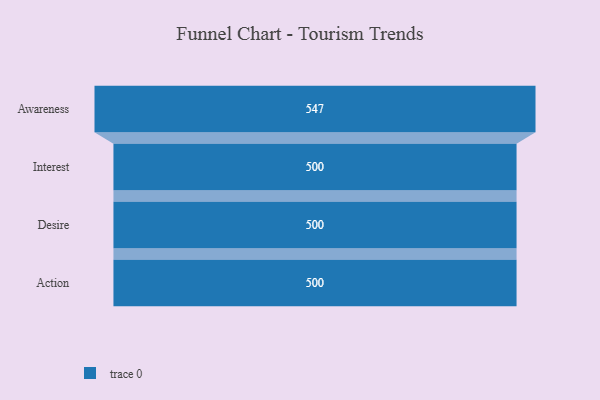
{"axis": {"x": "Stage", "y": "Value"}, "legend": [""], "data": [{"x": "Awareness", "y": 547.0, "type": ""}, {"x": "Interest", "y": 500, "type": ""}, {"x": "Desire", "y": 500, "type": ""}, {"x": "Action", "y": 500, "type": ""}]}